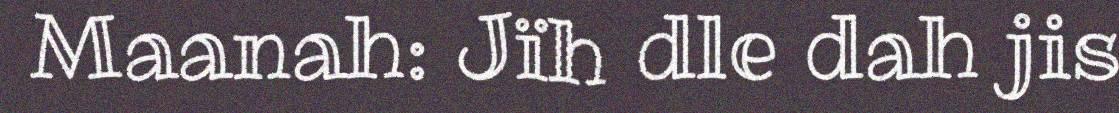
Maanah: Jïh dle dah jis